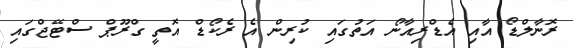
ރޮނާލްޑޯ އާއި އެޑްރިއާނޯ އަތުގައި ކުރިން އެ ރެކޯޑް އޮތީ ގްރޫޕް ސްޓޭޖްގައި